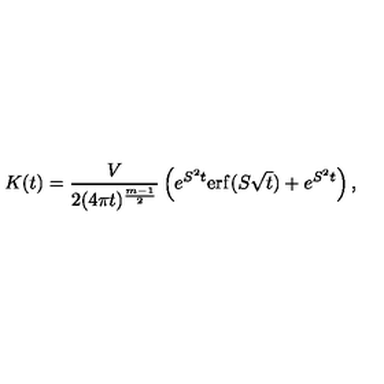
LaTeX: K ( t ) = \frac { V } { 2 ( 4 \pi t ) ^ { \frac { m - 1 } 2 } } \left( e ^ { S ^ { 2 } t } \mathrm { e r f } ( S \sqrt t ) + e ^ { S ^ { 2 } t } \right) ,